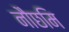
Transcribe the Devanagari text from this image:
नौछमि